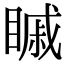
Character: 𥉷